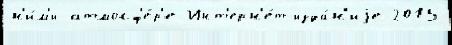
н'и́м'и атмосф'е́р'е Инт'ерн'е́т-изда́н'иjе 2015